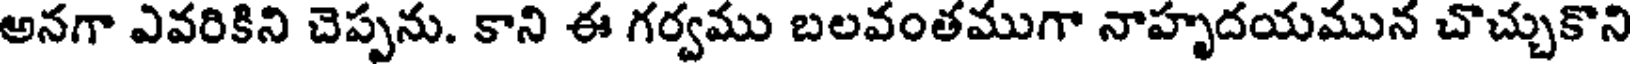
అనగా ఎవరికిని చెప్పను. కాని ఈ గర్వము బలవంతముగా నాహృదయమున చొచ్చుకొని